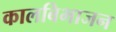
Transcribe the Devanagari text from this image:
कालबिभाजन